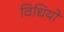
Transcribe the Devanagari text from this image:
विधियो